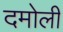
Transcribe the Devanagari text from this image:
दमोली